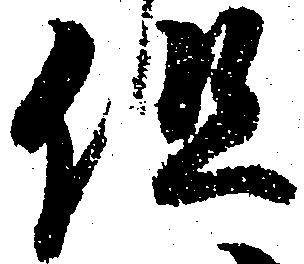
但